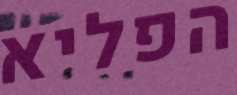
הפליא